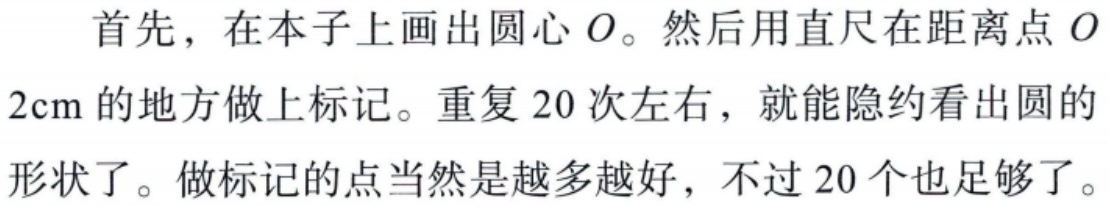
首先，在本子上画出圆心 \(O\)。然后用直尺在距离点 \(O\) \(2\text{cm}\) 的地方做上标记。重复 20 次左右，就能隐约看出圆的形状了。做标记的点当然是越多越好，不过 20 个也足够了。